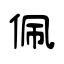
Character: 佩